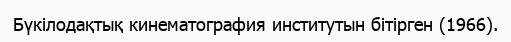
Бүкілодақтық кинематография институтын бітірген (1966).